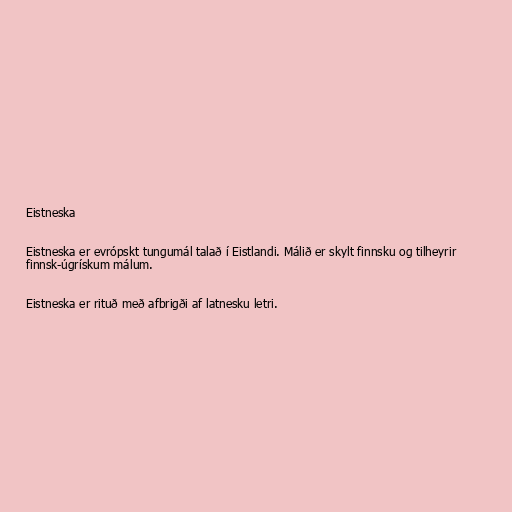
Eistneska

Eistneska er evrópskt tungumál talað í Eistlandi. Málið er skylt finnsku og tilheyrir
finnsk-úgrískum málum.

Eistneska er rituð með afbrigði af latnesku letri.